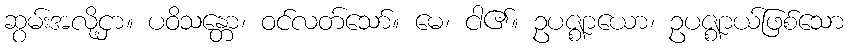
ဆွမ်းအလို့ငှာ။ ပဝိသန္တော၊ ဝင်လတ်သော်။ မေ၊ ငါ၏။ ဥပဇ္ဈာယော၊ ဥပဇ္ဈာယ်ဖြစ်သော